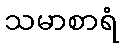
သမာစာရံ